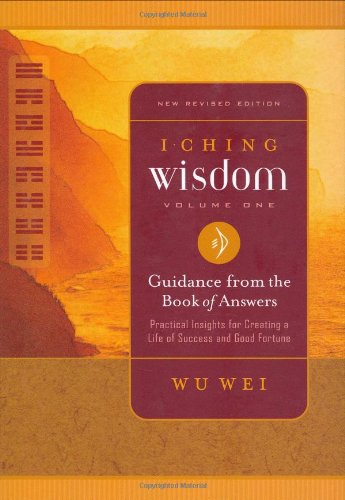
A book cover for I Ching Wisdom Volume One: Guidance from the Book of Answers; Wu Wei; Religion & Spirituality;